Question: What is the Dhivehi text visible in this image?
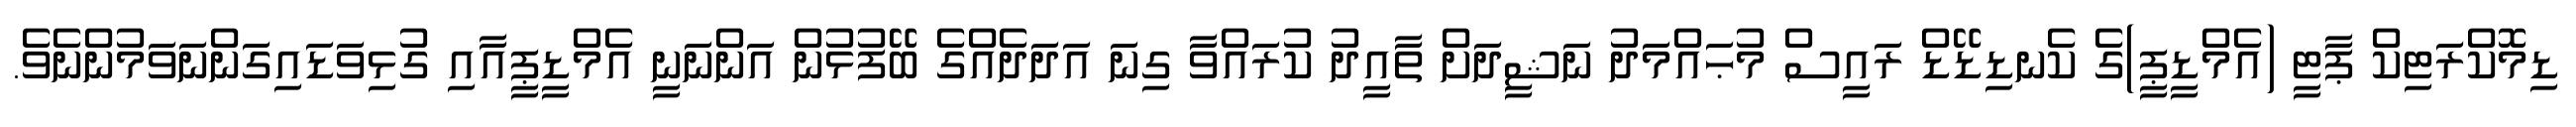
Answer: ޑިމޮކްރަޓިކް ޕާޓީ (އެމްޑީޕީ)ގެ ކެނޑިޑޭޑް ރައީސް މުޙައްމަދު ނަޝީދަށް ތާއީދު ކުރައްވާ ގިނަ އަދަދެއްގެ ބޭފުޅުން އަންނަނީ އެމްޑީޕީއާއި ގުޅިވަޑައިގަންނަވަމުންނެވެ.